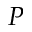
P